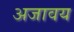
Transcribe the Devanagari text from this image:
अजावय